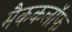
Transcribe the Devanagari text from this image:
मैककलॉफ